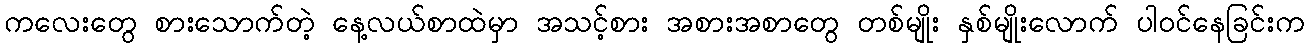
ကလေးတွေ စားသောက်တဲ့ နေ့လယ်စာထဲမှာ အသင့်စား အစားအစာတွေ တစ်မျိုး နှစ်မျိုးလောက် ပါဝင်နေခြင်းက